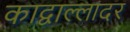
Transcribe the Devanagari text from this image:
काद्वाल्लादर